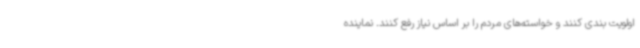
اولویت بندی کنند و خواسته‌های مردم را بر اساس نیاز رفع کنند. نماینده